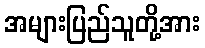
အများပြည်သူတို့အား